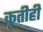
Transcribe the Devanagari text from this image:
कृतीही